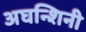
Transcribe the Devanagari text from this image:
अघन्शिनी